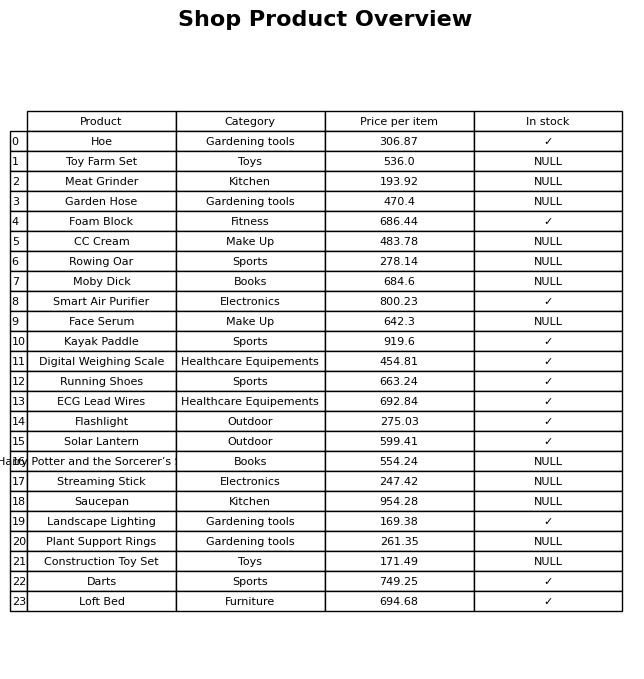
question: What is the stock status of the Construction Toy Set?
answer: NULL